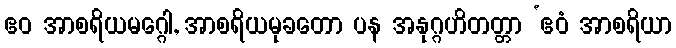
ဧဝ အာစရိယမဂ္ဂေါ, အာစရိယမုခတော ပန အနုဂ္ဂဟိတတ္တာ ‘ဧဝံ အာစရိယာ